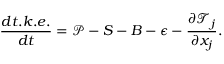
\frac { d t . k . e . } { d t } = \mathcal { P } - S - B - \epsilon - \frac { \partial \mathcal { T } _ { j } } { \partial x _ { j } } .